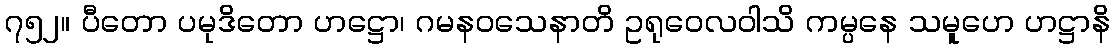
၇၅၂။ ပီတော ပမုဒိတော ဟဋ္ဌော၊ ဂမနဝသေနာတိ ဥရုဝေလဝါသိ ကမ္ပနေ သမူဟေ ဟဋ္ဌာနိ